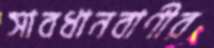
সাবধানবাণীর